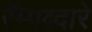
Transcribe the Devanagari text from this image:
रॅम्पव्दारे